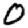
Digit: 0